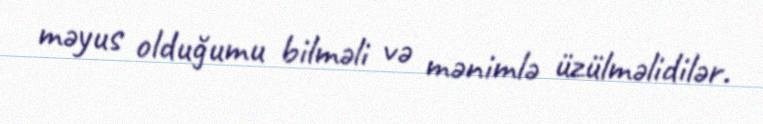
məyus olduğumu bilməli və mənimlə üzülməlidilər.